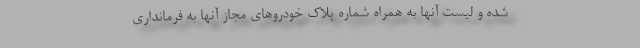
شده و لیست آنها به همراه شماره پلاک خودروهای مجاز آنها به فرمانداری